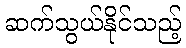
ဆက်သွယ်နိုင်သည့်